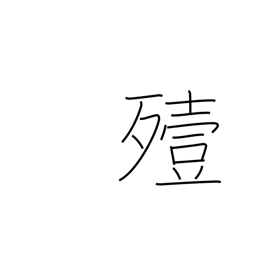
Meaning: bury